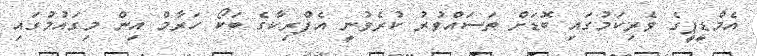
އެމްޑީޕީގެ ވެރިކަމުގައި ބޮޑަށް ތަސައްވުރު ކުރެވުނީ އެފްރިކާގެ ބަކޯ ހަރާމް އިން މިގައުމުގައި